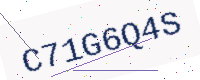
Text: C71G6Q4S